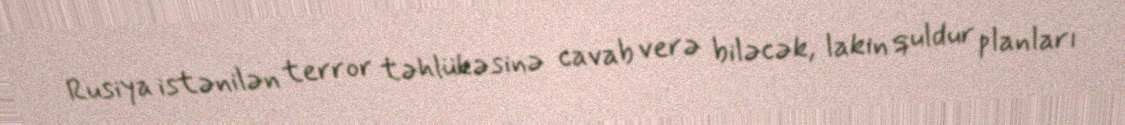
Rusiya istənilən terror təhlükəsinə cavab verə biləcək, lakin quldur planları